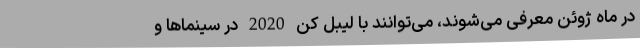
در ماه ژوئن معرفی می‌شوند، می‌توانند با لیبل کن 2020 در سینماها و